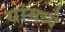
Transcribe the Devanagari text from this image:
यांमध्‍ये